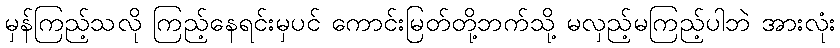
မှန်ကြည့်သလို ကြည့်နေရင်းမှပင် ကောင်းမြတ်တို့ဘက်သို့ မလှည့်မကြည့်ပါဘဲ အားလုံး